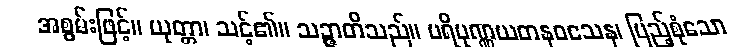
အစွမ်းဖြင့်။ ယုတ္တာ၊ သင့်၏။ သဉ္ဇာတိသည်။ ပရိပုဏ္ဏယတနဝသေန၊ ပြည့်စုံသော